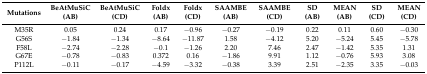
<table><thead><tr><td><b>Mutations</b></td><td><b>BeAtMuSiC (AB)</b></td><td><b>BeAtMuSiC (CD)</b></td><td><b>Foldx (AB)</b></td><td><b>Foldx (CD)</b></td><td><b>SAAMBE (AB)</b></td><td><b>SAAMBE (CD)</b></td><td><b>SD (AB)</b></td><td><b>MEAN (AB)</b></td><td><b>SD (CD)</b></td><td><b>MEAN (CD)</b></td></tr></thead><tbody><tr><td>M35R</td><td>0.05</td><td>0.24</td><td>0.17</td><td>−0.96</td><td>−0.27</td><td>−0.19</td><td>0.22</td><td>0.11</td><td>0.60</td><td>−0.30</td></tr><tr><td>G56S</td><td>−1.84</td><td>−1.34</td><td>−8.64</td><td>−11.87</td><td>1.58</td><td>−4.12</td><td>5.20</td><td>−5.24</td><td>5.45</td><td>−5.78</td></tr><tr><td>F58L</td><td>−2.74</td><td>−2.28</td><td>−0.1</td><td>−1.26</td><td>2.20</td><td>7.46</td><td>2.47</td><td>−1.42</td><td>5.35</td><td>1.31</td></tr><tr><td>G67E</td><td>−0.78</td><td>−0.83</td><td>0.372</td><td>0.16</td><td>−1.86</td><td>9.91</td><td>1.12</td><td>−0.76</td><td>5.93</td><td>3.08</td></tr><tr><td>P112L</td><td>−0.11</td><td>−0.17</td><td>−4.59</td><td>−3.32</td><td>−0.38</td><td>3.39</td><td>2.51</td><td>−2.35</td><td>3.35</td><td>−0.03</td></tr></tbody></table>